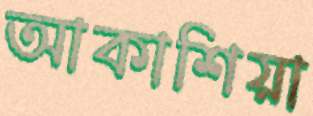
আকাশিয়া